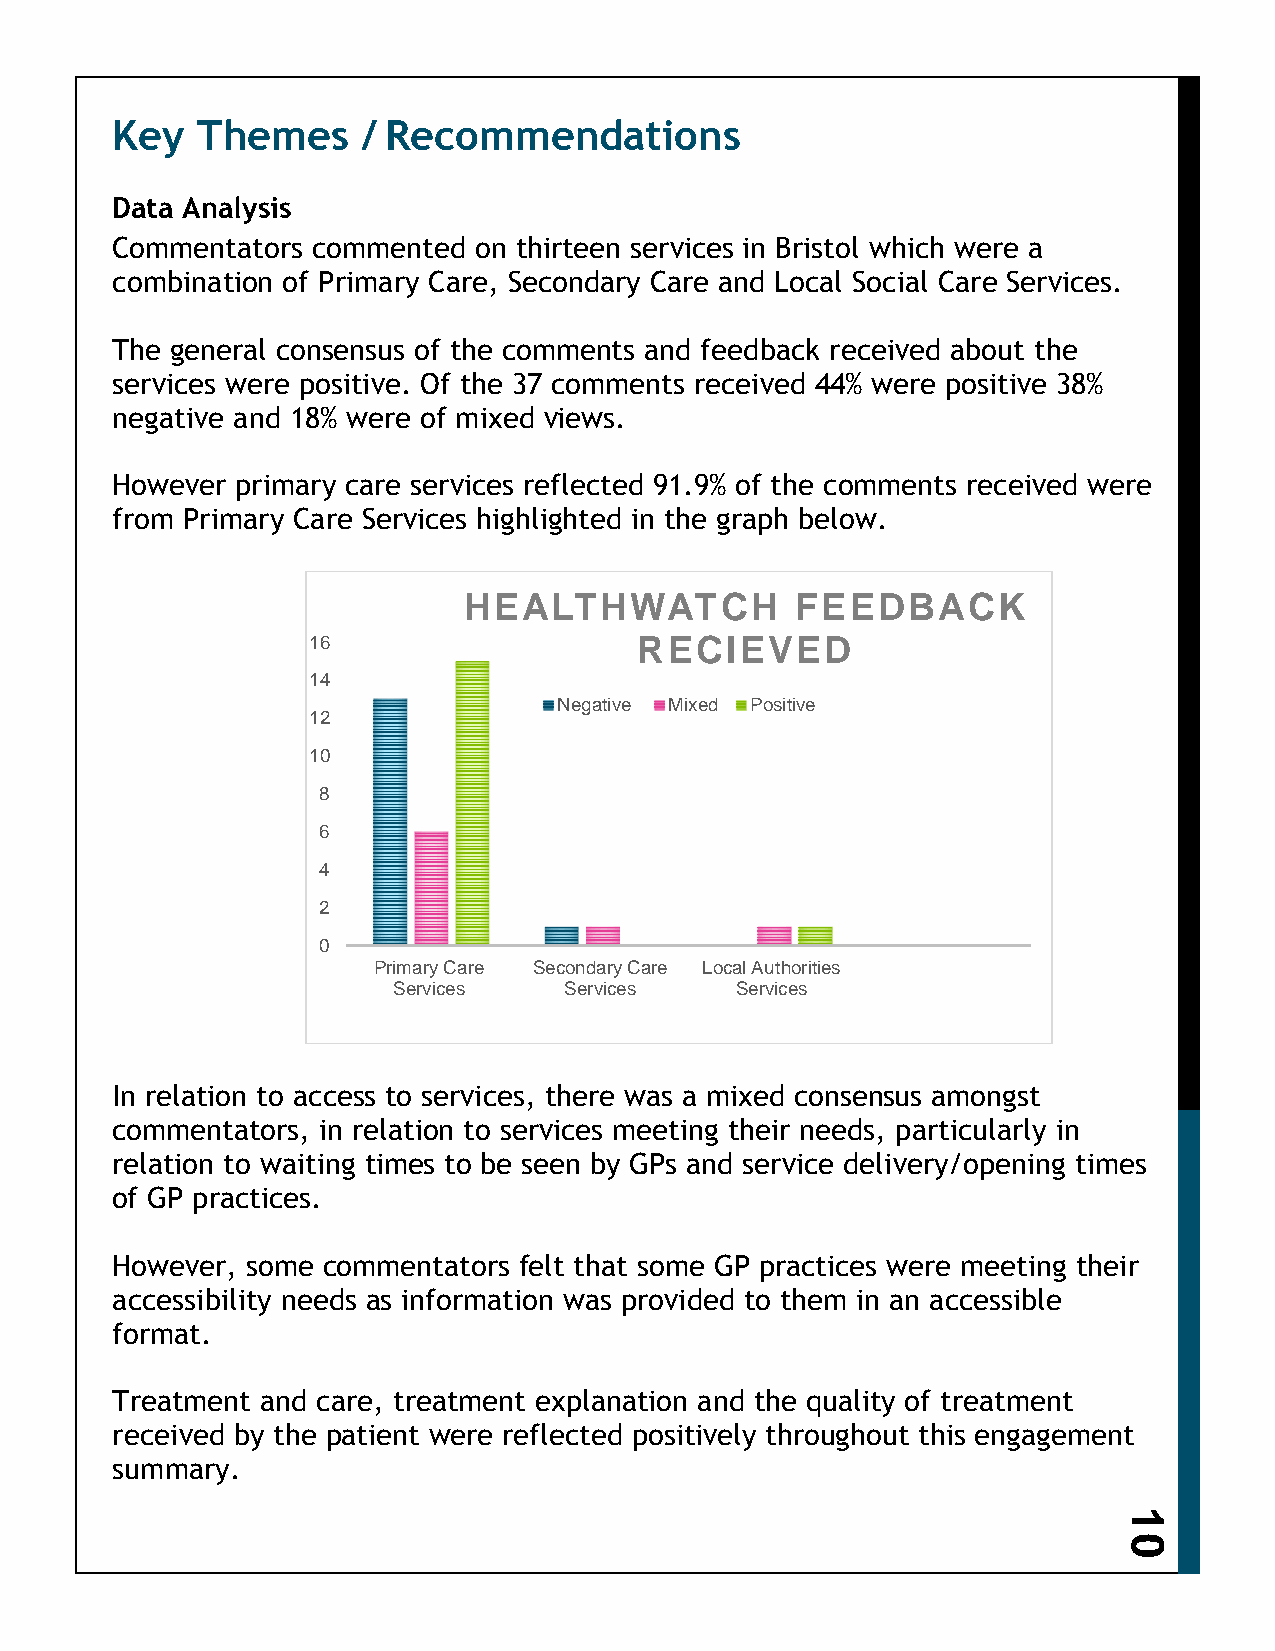
Key   Themes     / Recommendations
 Data Analysis
 Commentators  commented on thirteen services in Bristol which were a
 combination of Primary Care, Secondary Care and Local Social Care Services.
 The general consensus of the comments and feedback received about the
 services were positive. Of the 37 comments received 44% were positive 38%
 negative and 18% were of mixed views.
 However  primary care services reflected 91.9% of the comments received were
 from Primary Care Services highlighted in the graph below.
 HEALTHWATCH           FEEDBACK
 16                    RECIEVED
 14
 Negative Mixed Positive
 12
 10
 8
 6
 4
 2
 0
 Primary Care Secondary Care Local Authorities
 Services   Services    Services
 In relation to access to services, there was a mixed consensus amongst
 commentators, in relation to services meeting their needs, particularly in
 relation to waiting times to be seen by GPs and service delivery/opening times
 of GP practices.
 However, some commentators felt that some GP practices were meeting their
 accessibility needs as information was provided to them in an accessible
 format.
 Treatment and care, treatment explanation and the quality of treatment
 received by the patient were reflected positively throughout this engagement
 summary.
 1
 0